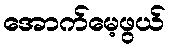
အောက်မေ့ဖွယ်